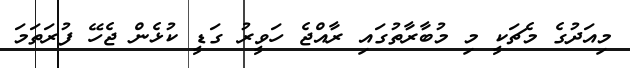
މިއަދުގެ މެޗަކީ މި މުބާރާތުގައި ރާއްޖެ ހަވީރު ގަޑީ ކުޅެން ޖެހޭ ފުރަތަމަ